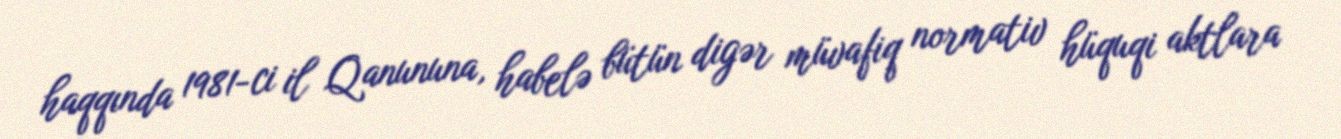
haqqında 1981-ci il Qanununa, habelə bütün digər müvafiq normativ hüquqi aktlara